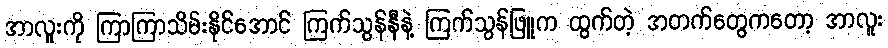
အာလူးကို ကြာကြာသိမ်းနိုင်အောင် ကြက်သွန်နီနဲ့ ကြက်သွန်ဖြူက ထွက်တဲ့ အတက်တွေကတော့ အာလူး